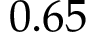
0 . 6 5